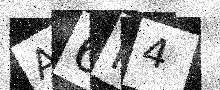
Text: A6K4